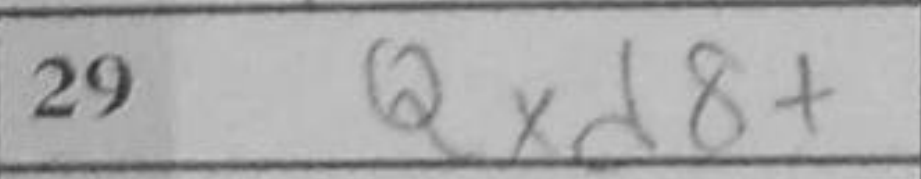
Transcription: Qxd8+